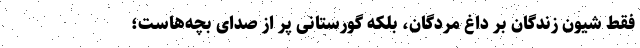
فقط شیون زندگان بر داغ مردگان، بلکه گورستانی پر از صدای بچه‌هاست؛